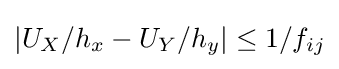
|U_{X}/h_{x}-U_{Y}/h_{y}|\leq 1/f_{ij}